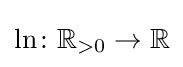
\ln \colon \mathbb {R} _{>0}\to \mathbb {R}